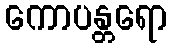
ကောပန္တရော